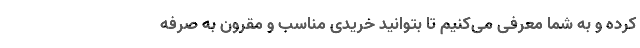
کرده و به شما معرفی می‌کنیم تا بتوانید خریدی مناسب و مقرون به صرفه